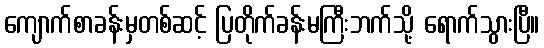
ကျောက်စာခန်းမှတစ်ဆင့် ပြတိုက်ခန်းမကြီးဘက်သို့ ရောက်သွားပြီ။